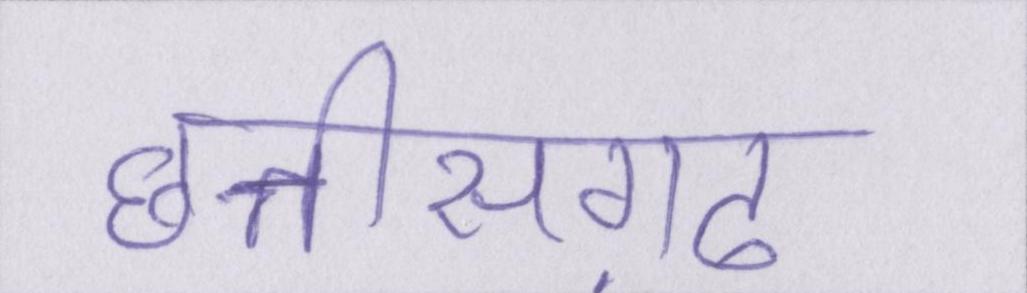
छत्तीसग़ढ